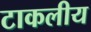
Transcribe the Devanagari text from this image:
टाकलीय